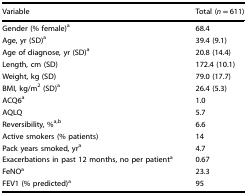
| Variable | Total (n = 611) |
 | --- | --- |
 | Gender (% female)a | 68.4 |
 | Age, yr (SD)a | 39.4 (9.1) |
 | Age of diagnose, yr (SD)a | 20.8 (14.4) |
 | Length, cm (SD) | 172.4 (10.1) |
 | Weight, kg (SD) | 79.0 (17.7) |
 | BMI, kg/m2 (SD)a | 26.4 (5.3) |
 | ACQ6a | 1.0 |
 | AQLQ | 5.7 |
 | Reversibility, %a,b | 6.6 |
 | Active smokers (% patients) | 14 |
 | Pack years smoked, yra | 4.7 |
 | Exacerbations in past 12 months, no per patienta | 0.67 |
 | FeNOa | 23.3 |
 | FEV1 (% predicted)a | 95 |